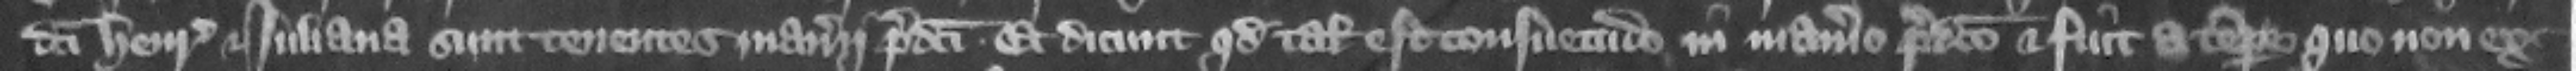
dicti Henricus et Iuliana sunt tenentes manerii predicti. Et dicunt quod talis est consuetudo in manerio predicto et fuit a tempore quo non ex